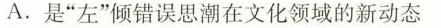
A.是”左”倾错误思潮在文化领域的新动态